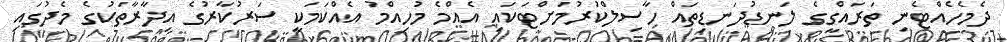
ދެމެހެއްޓެނި ތަރައްގީގެ ލަނޑުދަނޑިތައް ހާސިލްކުރުމަށްޓަކައި އެއްމެ މުހިއްމު އެއްކަމަކީ ސަރުކާރުގެ އިދާރާތަކުގެ މެދުގައި